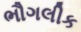
ભૌગલીક